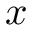
x